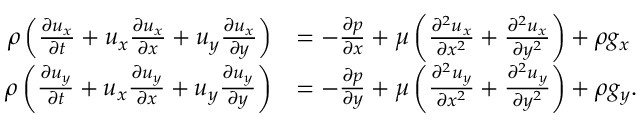
{ \begin{array} { r l } { \rho \left( { \frac { \partial u _ { x } } { \partial t } } + u _ { x } { \frac { \partial u _ { x } } { \partial x } } + u _ { y } { \frac { \partial u _ { x } } { \partial y } } \right) } & { = - { \frac { \partial p } { \partial x } } + \mu \left( { \frac { \partial ^ { 2 } u _ { x } } { \partial x ^ { 2 } } } + { \frac { \partial ^ { 2 } u _ { x } } { \partial y ^ { 2 } } } \right) + \rho g _ { x } } \\ { \rho \left( { \frac { \partial u _ { y } } { \partial t } } + u _ { x } { \frac { \partial u _ { y } } { \partial x } } + u _ { y } { \frac { \partial u _ { y } } { \partial y } } \right) } & { = - { \frac { \partial p } { \partial y } } + \mu \left( { \frac { \partial ^ { 2 } u _ { y } } { \partial x ^ { 2 } } } + { \frac { \partial ^ { 2 } u _ { y } } { \partial y ^ { 2 } } } \right) + \rho g _ { y } . } \end{array} }